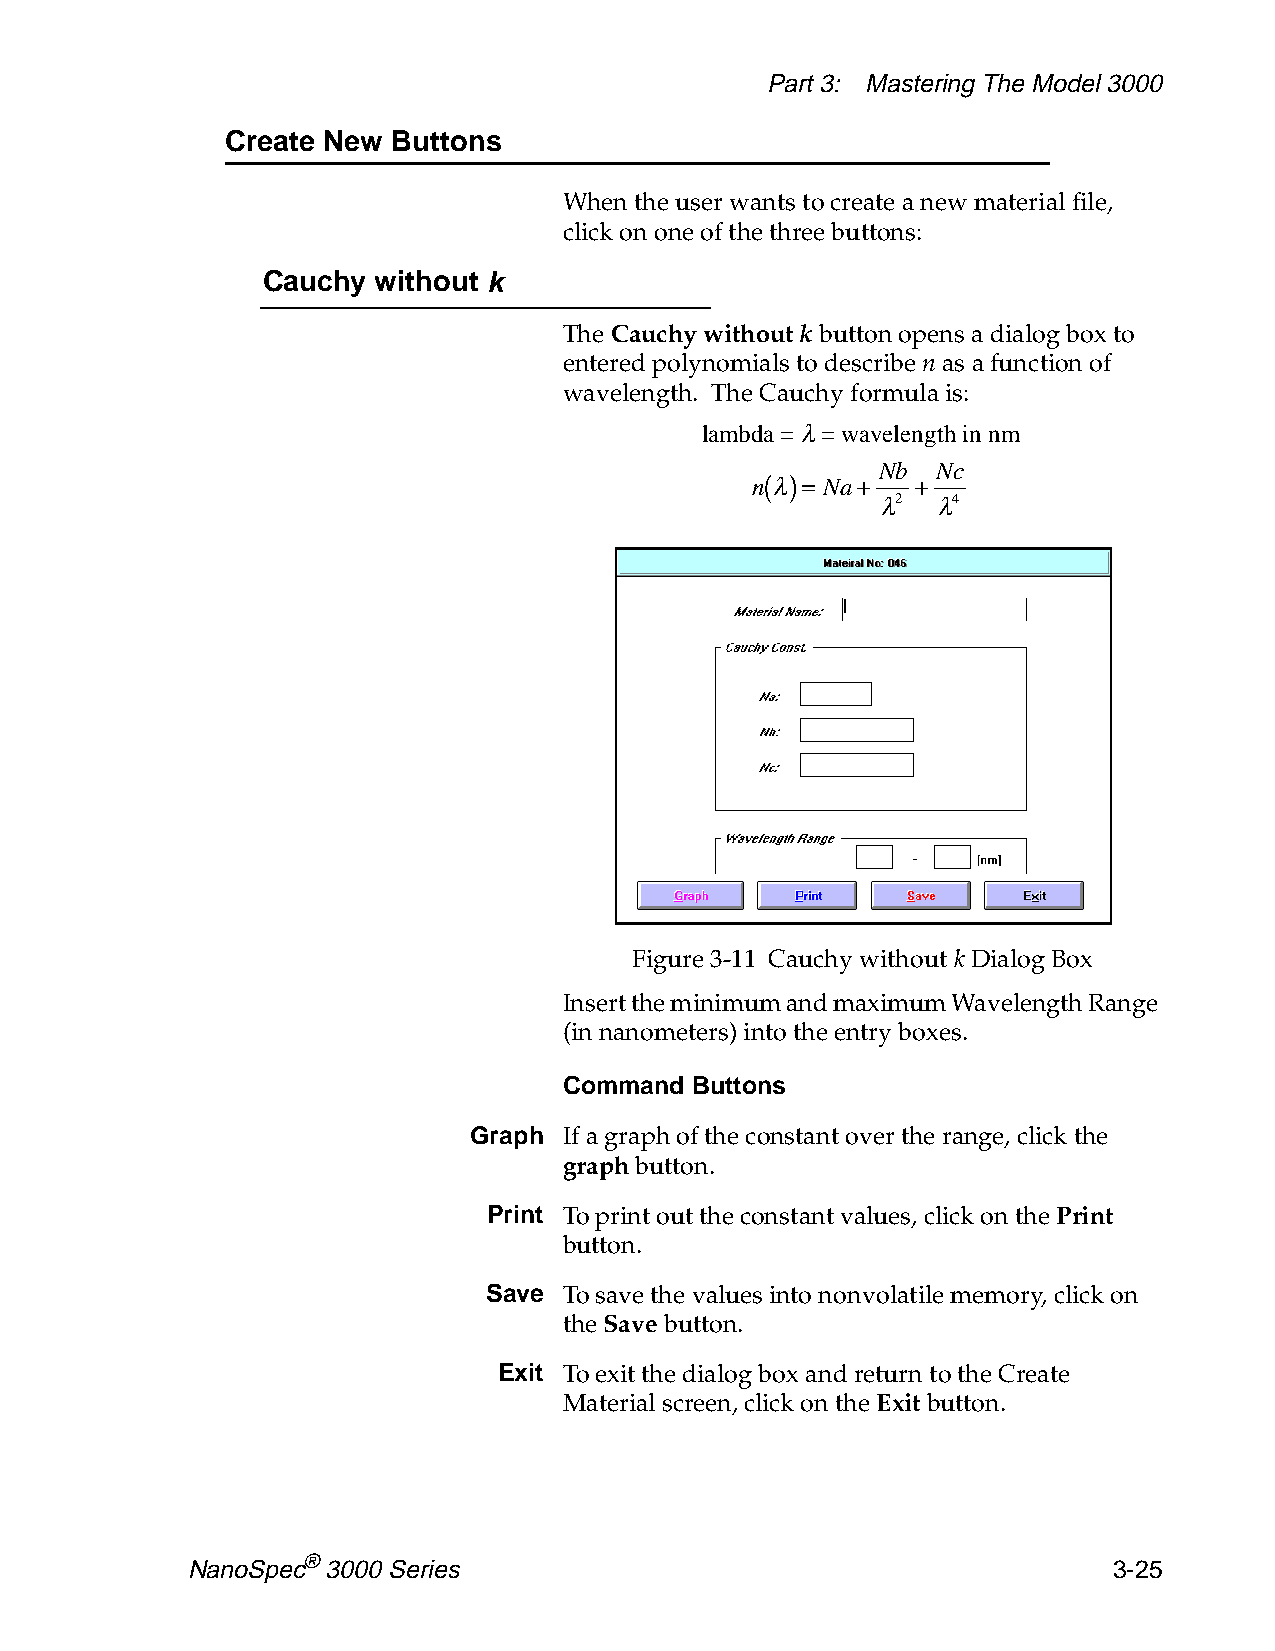
Part 3: Mastering The Model 3000
 Create New Buttons
 When the user wants to create a new material file,
 click on one of the three buttons:
 Cauchy  without k
 The Cauchy without k button opens a dialog box to
 entered polynomials to describe n as a function of
 wavelength. The Cauchy formula is:
 lambda=l =wavelength in nm
 n( l ) = Na+ Nb + Nc
 l 2 l 4
 Figure 3-11 Cauchy without k Dialog Box
 Insert the minimum and maximum Wavelength Range
 (in nanometers) into the entry boxes.
 Command  Buttons
 Graph If a graph of the constant over the range, click the
 graph button.
 Print To print out the constant values, click on the Print
 button.
 Save To save the values into nonvolatile memory, click on
 the Save button.
 Exit To exit the dialog box and return to the Create
 Material screen, click on the Exit button.
 NanoSpec® 3000 Series                                         3-25